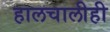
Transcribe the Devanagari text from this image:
हालचालीही